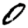
Digit: 0